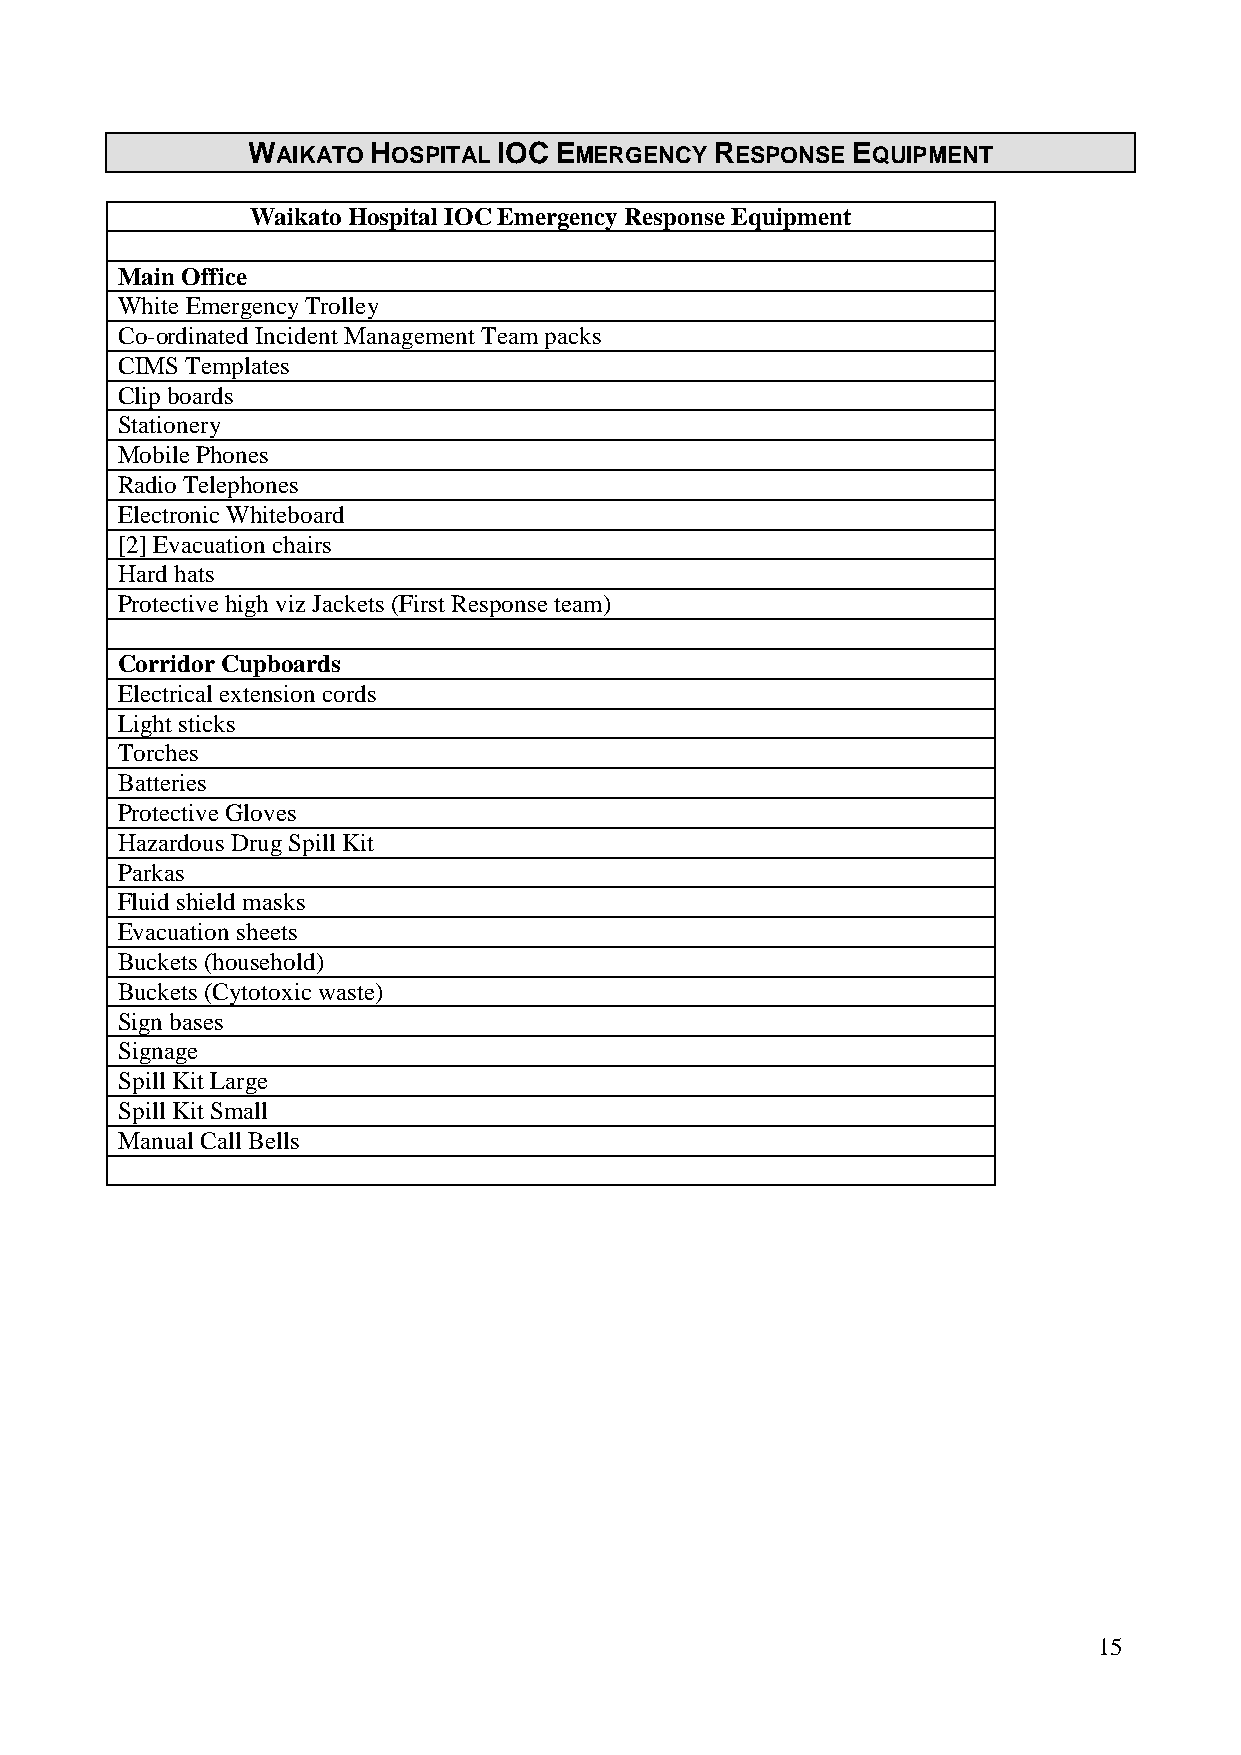
WAIKATO HOSPITAL IOC EMERGENCY RESPONSE EQUIPMENT
 Waikato Hospital IOC Emergency Response Equipment
 Main Office
 White Emergency Trolley
 Co-ordinated Incident Management Team packs
 CIMS Templates
 Clip boards
 Stationery
 Mobile Phones
 Radio Telephones
 Electronic Whiteboard
 [2] Evacuation chairs
 Hard hats
 Protective high viz Jackets (First Response team)
 Corridor Cupboards
 Electrical extension cords
 Light sticks
 Torches
 Batteries
 Protective Gloves
 Hazardous Drug Spill Kit
 Parkas
 Fluid shield masks
 Evacuation sheets
 Buckets (household)
 Buckets (Cytotoxic waste)
 Sign bases
 Signage
 Spill Kit Large
 Spill Kit Small
 Manual Call Bells
 15